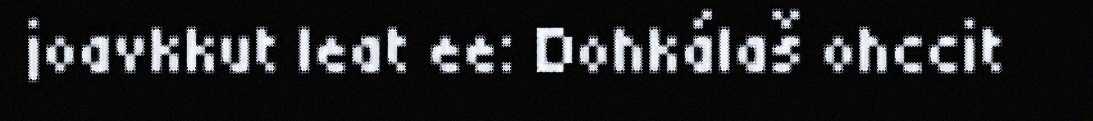
joavkkut leat ee: Dohkálaš ohccit